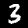
Digit: 3